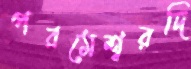
পরমেশ্বরদি